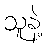
သူနဲ့